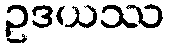
ဥဒယဿ